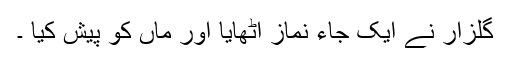
گلزار نے ایک جاء نماز اٹھایا اور ماں کو پیش کیا ۔